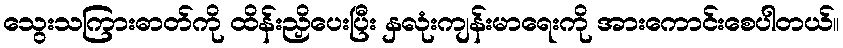
သွေးသကြားဓာတ်ကို ထိန်းညှိပေးပြီး နှလုံးကျန်းမာရေးကို အားကောင်းစေပါတယ်။